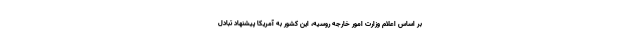
بر اساس اعلام وزارت امور خارجه روسیه، این کشور به آمریکا پیشنهاد تبادل